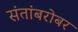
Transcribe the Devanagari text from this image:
संतांबरोबर